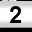
Digit: 2